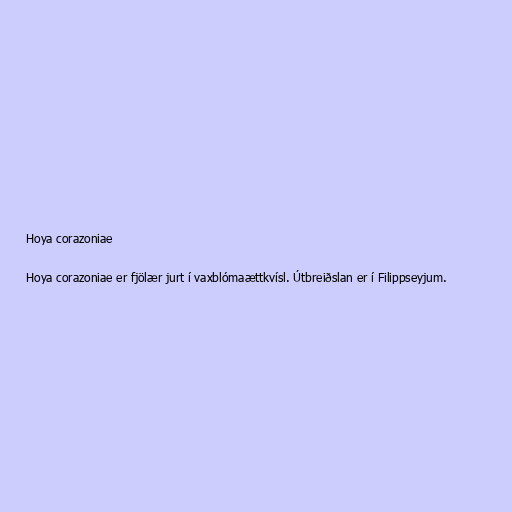
Hoya corazoniae

Hoya corazoniae er fjölær jurt í vaxblómaættkvísl. Útbreiðslan er í Filippseyjum.